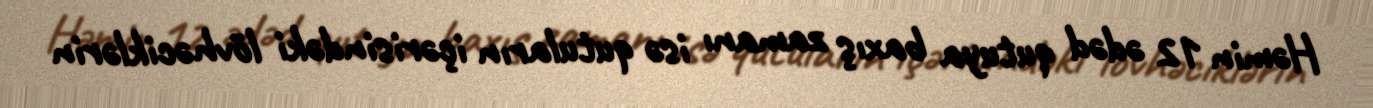
Həmin 12 ədəd qutuya baxış zamanı isə qutuların içərisindəki lövhəciklərin